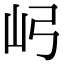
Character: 𫝳